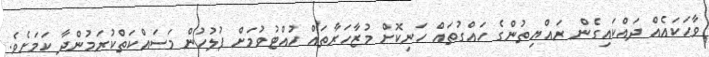
ވާހަކައެއް ދައްކައިގެން ރައްޔިތުންގެ ހައްގުތައް ހަނިކޮށް މުޒާހަރާތައް ހުއްޓުވުމަށް ފުލުހުން މަސައްކަތްކުރަމުންދާ ކަމަށެވެ.